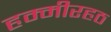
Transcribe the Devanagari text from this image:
हम्मीरहठ